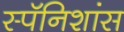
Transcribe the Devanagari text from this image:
स्पॅनिशांस